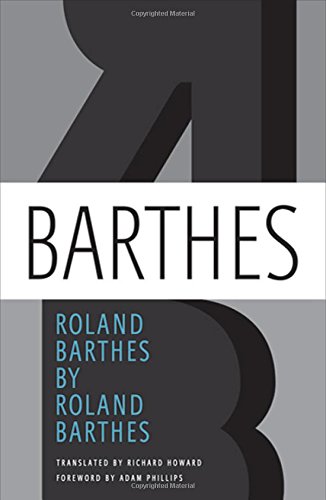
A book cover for Roland Barthes by Roland Barthes; Roland Barthes; Reference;